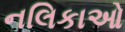
નલિકાઓ